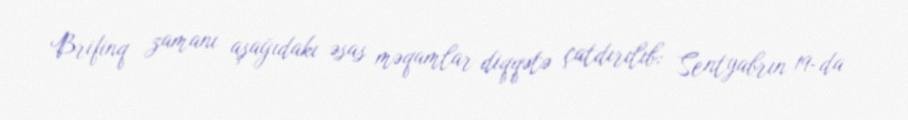
Brifinq zamanı aşağıdakı əsas məqamlar diqqətə çatdırılıb: Sentyabrın 19-da